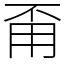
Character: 甭